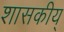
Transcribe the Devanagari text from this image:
शासकीय्